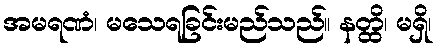
အမရဏံ၊ မသေရခြင်းမည်သည်။ နတ္ထိ၊ မရှိ၊